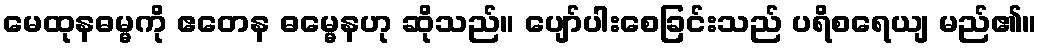
မေထုနဓမ္မကို ဧတေန ဓမ္မေနဟု ဆိုသည်။ ပျော်ပါးစေခြင်းသည် ပရိစရေယျ မည်၏။